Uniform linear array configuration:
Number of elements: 8
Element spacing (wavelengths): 0.5
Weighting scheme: exponential
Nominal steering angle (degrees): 15
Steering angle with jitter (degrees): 16.017
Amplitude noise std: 0.05
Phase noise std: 0.05

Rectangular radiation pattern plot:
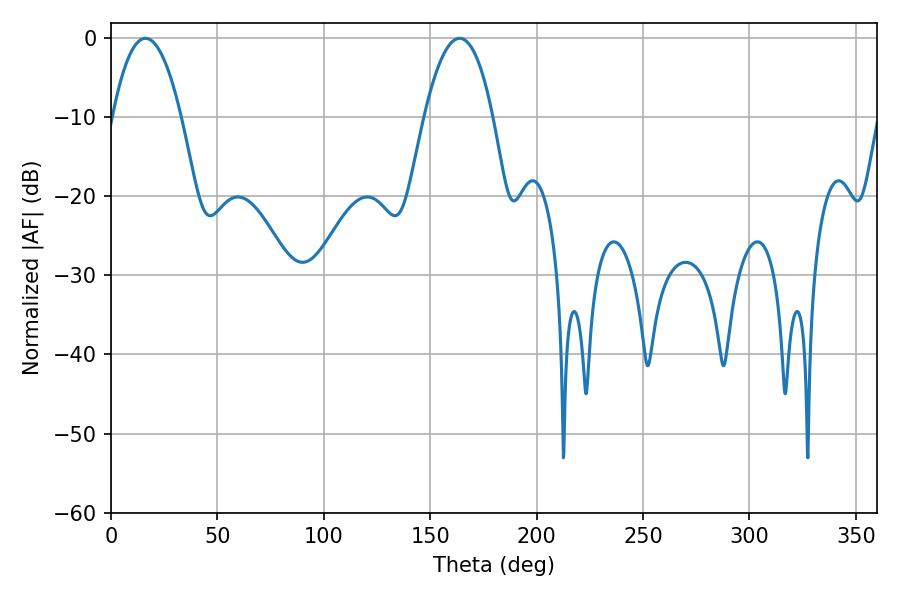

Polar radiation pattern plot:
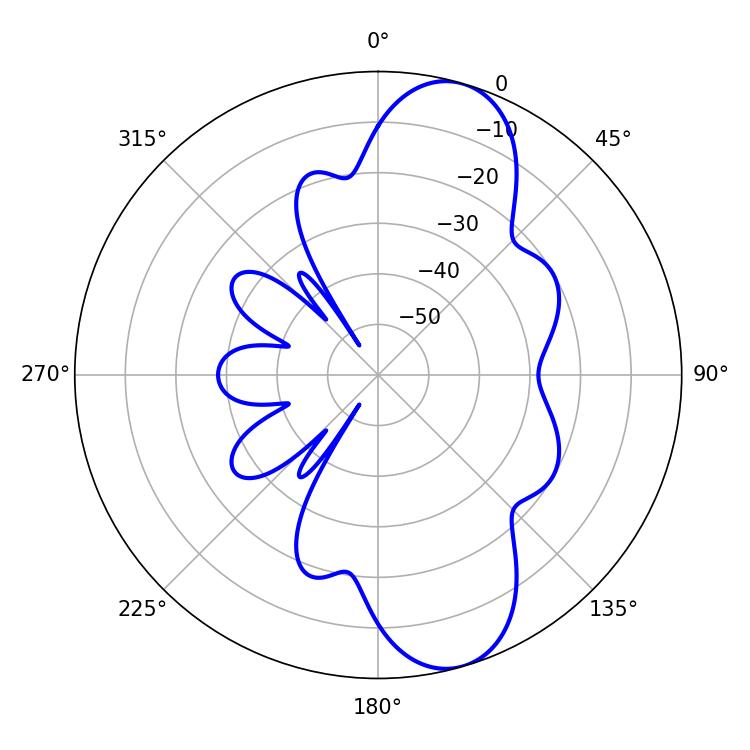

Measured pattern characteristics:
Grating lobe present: FALSE
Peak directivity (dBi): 10.152
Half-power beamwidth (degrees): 18
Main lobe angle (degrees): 16.2